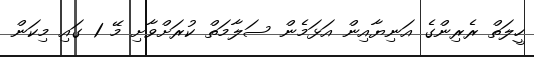
ހީލަތް ރެރިންގެ އަނިޔާއިން އަޅަމެން ސަލާމަތް ކުރަށްވާށި މޭ 1 ގައި މިކަން